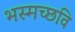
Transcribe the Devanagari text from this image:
भस्मच्छवि